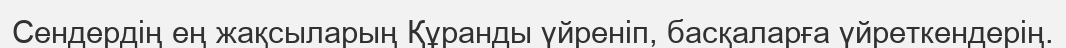
Сендердің ең жақсыларың Құранды үйреніп, басқаларға үйреткендерің.